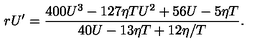
r U ^ { \prime } = { \frac { 4 0 0 U ^ { 3 } - 1 2 7 \eta T U ^ { 2 } + 5 6 U - 5 \eta T } { 4 0 U - 1 3 \eta T + { 1 2 \eta / T } } } .